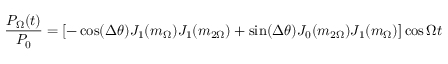
\frac { P _ { \Omega } ( t ) } { P _ { 0 } } = \left[ - \cos ( \Delta \theta ) J _ { 1 } ( m _ { \Omega } ) J _ { 1 } ( m _ { 2 \Omega } ) + \sin ( \Delta \theta ) J _ { 0 } ( m _ { 2 \Omega } ) J _ { 1 } ( m _ { \Omega } ) \right] \cos \Omega t